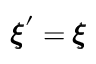
{ \pmb \xi } ^ { \prime } = { \pmb \xi }